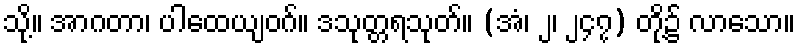
သို့။ အာဂတာ၊ ပါထေယျဝဂ်။ ဒသုတ္တရသုတ်။ (အံ၊ ၂၊ ၂၄၇) တို့၌ လာသော။